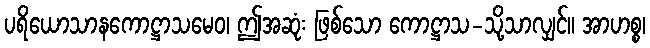
ပရိယောသာနကောဋ္ဌာသမေဝ၊ ဤအဆုံး ဖြစ်သော ကောဋ္ဌာသ-သို့သာလျှင်။ အာဟစ္စ၊